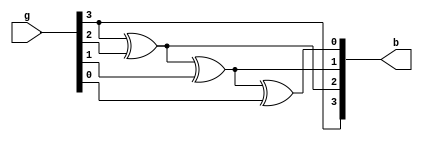
module gray_to_binary(g,b);

input [3:0]g;
output [3:0]b;
assign b[3]=g[3];

generate 
genvar i;
for(i=3;i>0;i=i-1)
assign b[i-1]=b[i]^g[i-1];
endgenerate

endmodule